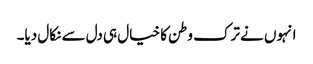
انہوں نے ترک وطن کا خیال ہی دل سے نکال دیا۔